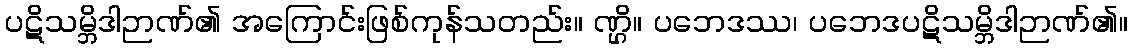
ပဋိသမ္ဘိဒါဉာဏ်၏ အကြောင်းဖြစ်ကုန်သတည်း။ ဏ္ဌိ။ ပဘေဒဿ၊ ပဘေဒပဋိသမ္ဘိဒါဉာဏ်၏။